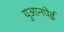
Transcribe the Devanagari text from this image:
युआनपेई